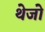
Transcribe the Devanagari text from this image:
थेजो